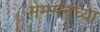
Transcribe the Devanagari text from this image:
मेममनच्या